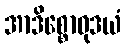
အာဒိစ္စောဝုဒယံ